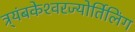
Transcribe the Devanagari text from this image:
त्र्यंबकेश्‍वरज्योर्तिलिंग